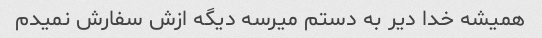
همیشه خدا دیر به دستم میرسه دیگه ازش سفارش نمیدم